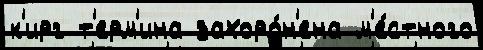
к'ирг т'ерм'ина захоро́н'ена м'е́стного